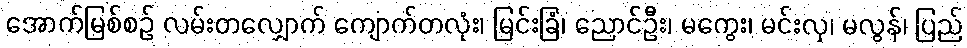
အောက်မြစ်စဉ် လမ်းတလျှောက် ကျောက်တလုံး၊ မြင်းခြံ၊ ညောင်ဦး၊ မကွေး၊ မင်းလှ၊ မလွန်၊ ပြည်